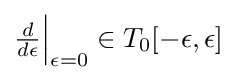
\textstyle {\frac {d}{d\epsilon }}{\Bigl |}_{\epsilon =0}\in T_{0}[-\epsilon ,\epsilon ]